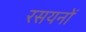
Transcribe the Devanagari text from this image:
रसयनों